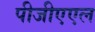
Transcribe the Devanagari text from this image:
पीजीएएल